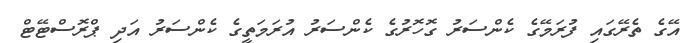
އޭގެ ތެރޭގައި ފުރަމޭގެ ކެންސަރު ގޮހޮރުގެ ކެންސަރު އުރަމަތީގެ ކެންސަރު އަދި ޕްރޮސްޓޭޓް